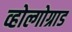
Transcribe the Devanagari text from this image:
व्होल्गोग्राड